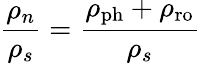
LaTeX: \frac{\rho_{n}}{\rho_{s}}=\frac{\rho_{\mathrm{ph}}+\rho_{\mathrm{ro}}}{\rho_{s}}